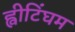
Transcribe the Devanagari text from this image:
ह्वीटिंघम